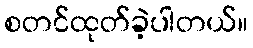
စတင်ထုတ်ခဲ့ပါတယ်။